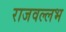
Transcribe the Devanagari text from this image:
राजवल्‍लभ